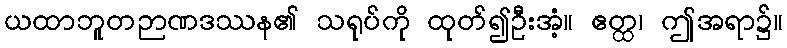
ယထာဘူတဉာဏဒဿန၏ သရုပ်ကို ထုတ်၍ဦးအံ့။ ဧတ္ထ၊ ဤအရာ၌။